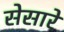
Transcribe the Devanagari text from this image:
सेसारे